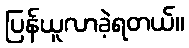
ပြန်ယူလာခဲ့ရတယ်။